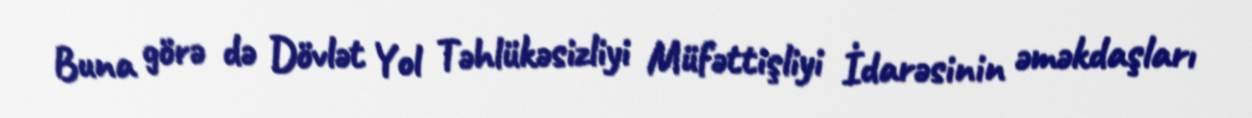
Buna görə də Dövlət Yol Təhlükəsizliyi Müfəttişliyi İdarəsinin əməkdaşları